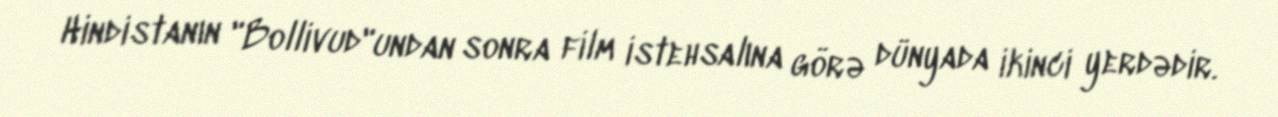
Hindistanın "Bollivud"undan sonra film istehsalına görə dünyada ikinci yerdədir.